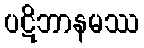
ပဋိဘာနမဿ